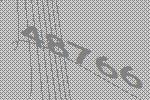
48766